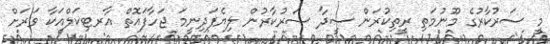
މީ ސަރުކާރުގެ މޫނުމަތި ރީތިކުރަން ސީދާ ސަރުކާރުން ލިޔެފަދިނީމަ ޖަހާފައޮތް އާރޓިކަލްއަކާ ވަރަށް